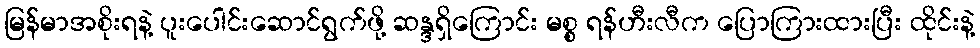
မြန်မာအစိုးရနဲ့ ပူးပေါင်းဆောင်ရွက်ဖို့ ဆန္ဒရှိကြောင်း မစ္စ ရန်ဟီးလီက ပြောကြားထားပြီး ထိုင်းနဲ့